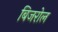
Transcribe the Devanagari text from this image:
बिजरोल